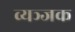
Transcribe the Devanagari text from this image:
व्यञ्जक